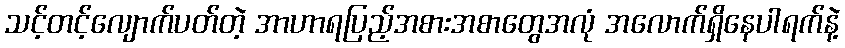
သင့်တင့်လျောက်ပတ်တဲ့ အာဟာရပြည့်အစားအစာတွေအလုံ အလောက်ရှိနေပါရက်နဲ့